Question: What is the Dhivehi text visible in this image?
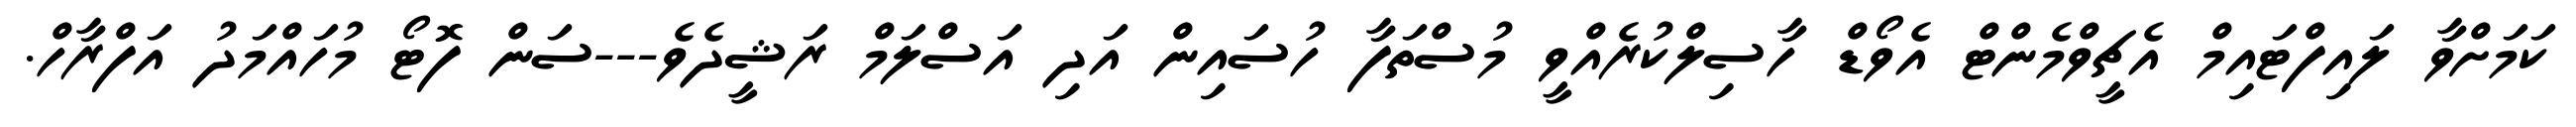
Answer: ކަމަށްވާ ލައިފްޓައިމް އެޗީވްމެންޓް އެވޯޑް ހާސިލްކުރެއްވީ މުސްތަފާ ހުސައިން އަދި އަސްލަމް ރަޝީދެވެ---ސަން ފޮޓޯ މުހައްމަދު އަފްރާހް.